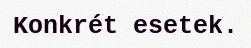
Konkrét esetek.